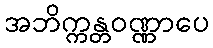
အဘိက္ကန္တဝဏ္ဏာပေ